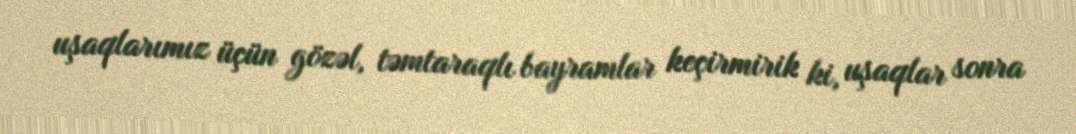
uşaqlarımız üçün gözəl, təmtaraqlı bayramlar keçirmirik ki, uşaqlar sonra